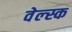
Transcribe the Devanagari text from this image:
वेल्स्क